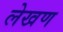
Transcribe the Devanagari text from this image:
लेखण